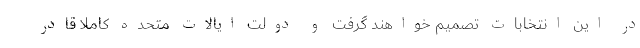
در این انتخابات تصمیم خواهند گرفت و دولت ایالات متحده کاملاً قادر